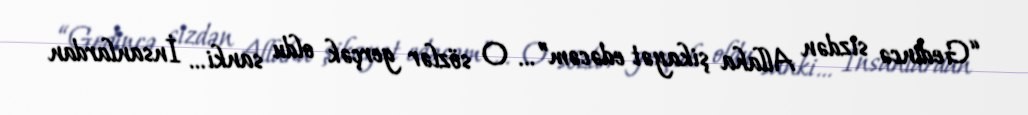
“Gedincə sizdən Allaha şikayət edəcəm”… O sözlər gerçək oldu sanki… İnsanlardan